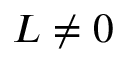
L \neq 0